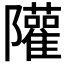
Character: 𨽧